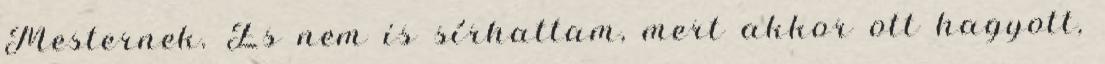
Mesternek. És nem is sírhattam, mert akkor ott hagyott,